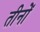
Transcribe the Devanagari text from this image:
तीनोँ